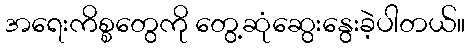
အရေးကိစ္စတွေကို တွေ့ဆုံဆွေးနွေးခဲ့ပါတယ်။